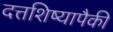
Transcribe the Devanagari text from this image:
दत्तशिष्यापैकी